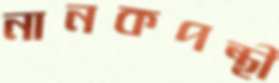
নানকপন্থী